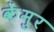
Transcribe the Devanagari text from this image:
केंमुर